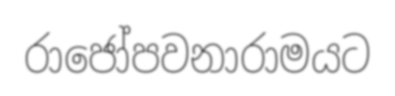
රාජෝපවනාරාමයට